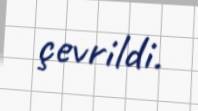
çevrildi.